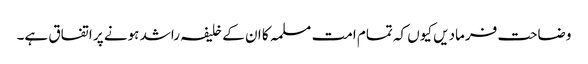
وضاحت فرمادیں کیوں کہ تمام امت مسلمہ کا ان کے خلیفہ راشد ہونے پر اتفاق ہے۔